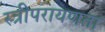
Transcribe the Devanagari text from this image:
स्त्रीपरायणता